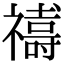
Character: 𮂞